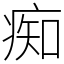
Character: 痴